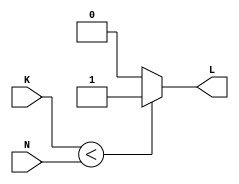
module compN(input [7:0] K, N, output L);
	assign L = K<N ? 1'b1 : 1'b0;
endmodule